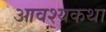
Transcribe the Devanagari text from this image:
आवश्यकथा